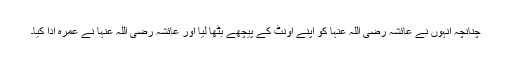
چنانچہ انہوں نے عائشہ رضی اللہ عنہا کو اپنے اونٹ کے پیچھے بٹھا لیا اور عائشہ رضی اللہ عنہا نے عمرہ ادا کیا۔